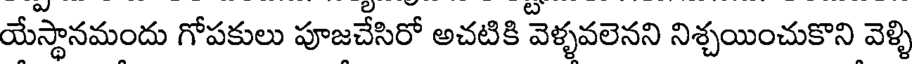
యేస్థానమందు గోపకులు పూజచేసిరో అచటికి వెళ్ళవలెనని నిశ్చయించుకొని వెళ్ళి